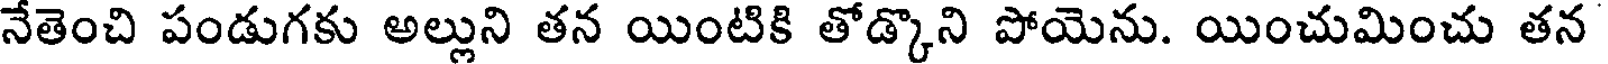
నేతెంచి పండుగకు అల్లుని తన యింటికి తోడ్కొని పోయెను. యించుమించు తన